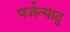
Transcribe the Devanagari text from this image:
पर्जन्याद्‌